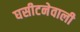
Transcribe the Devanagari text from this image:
घसीटनेवाली